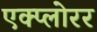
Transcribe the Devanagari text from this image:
एक्प्लोरर